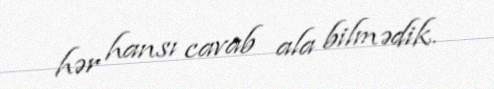
hər hansı cavab ala bilmədik.